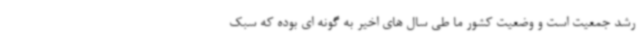
رشد جمعیت است و وضعیت کشور ما طی سال های اخیر به گونه ای بوده که سبک